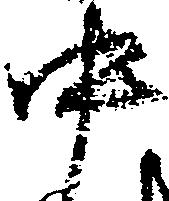
中